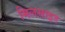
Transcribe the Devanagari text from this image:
मिलसाइड